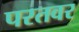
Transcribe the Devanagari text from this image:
परतवर